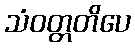
သံဝတ္တတိပေ